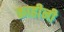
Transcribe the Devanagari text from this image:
काहीनी